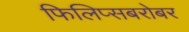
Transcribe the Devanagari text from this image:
फिलिप्सबरोबर